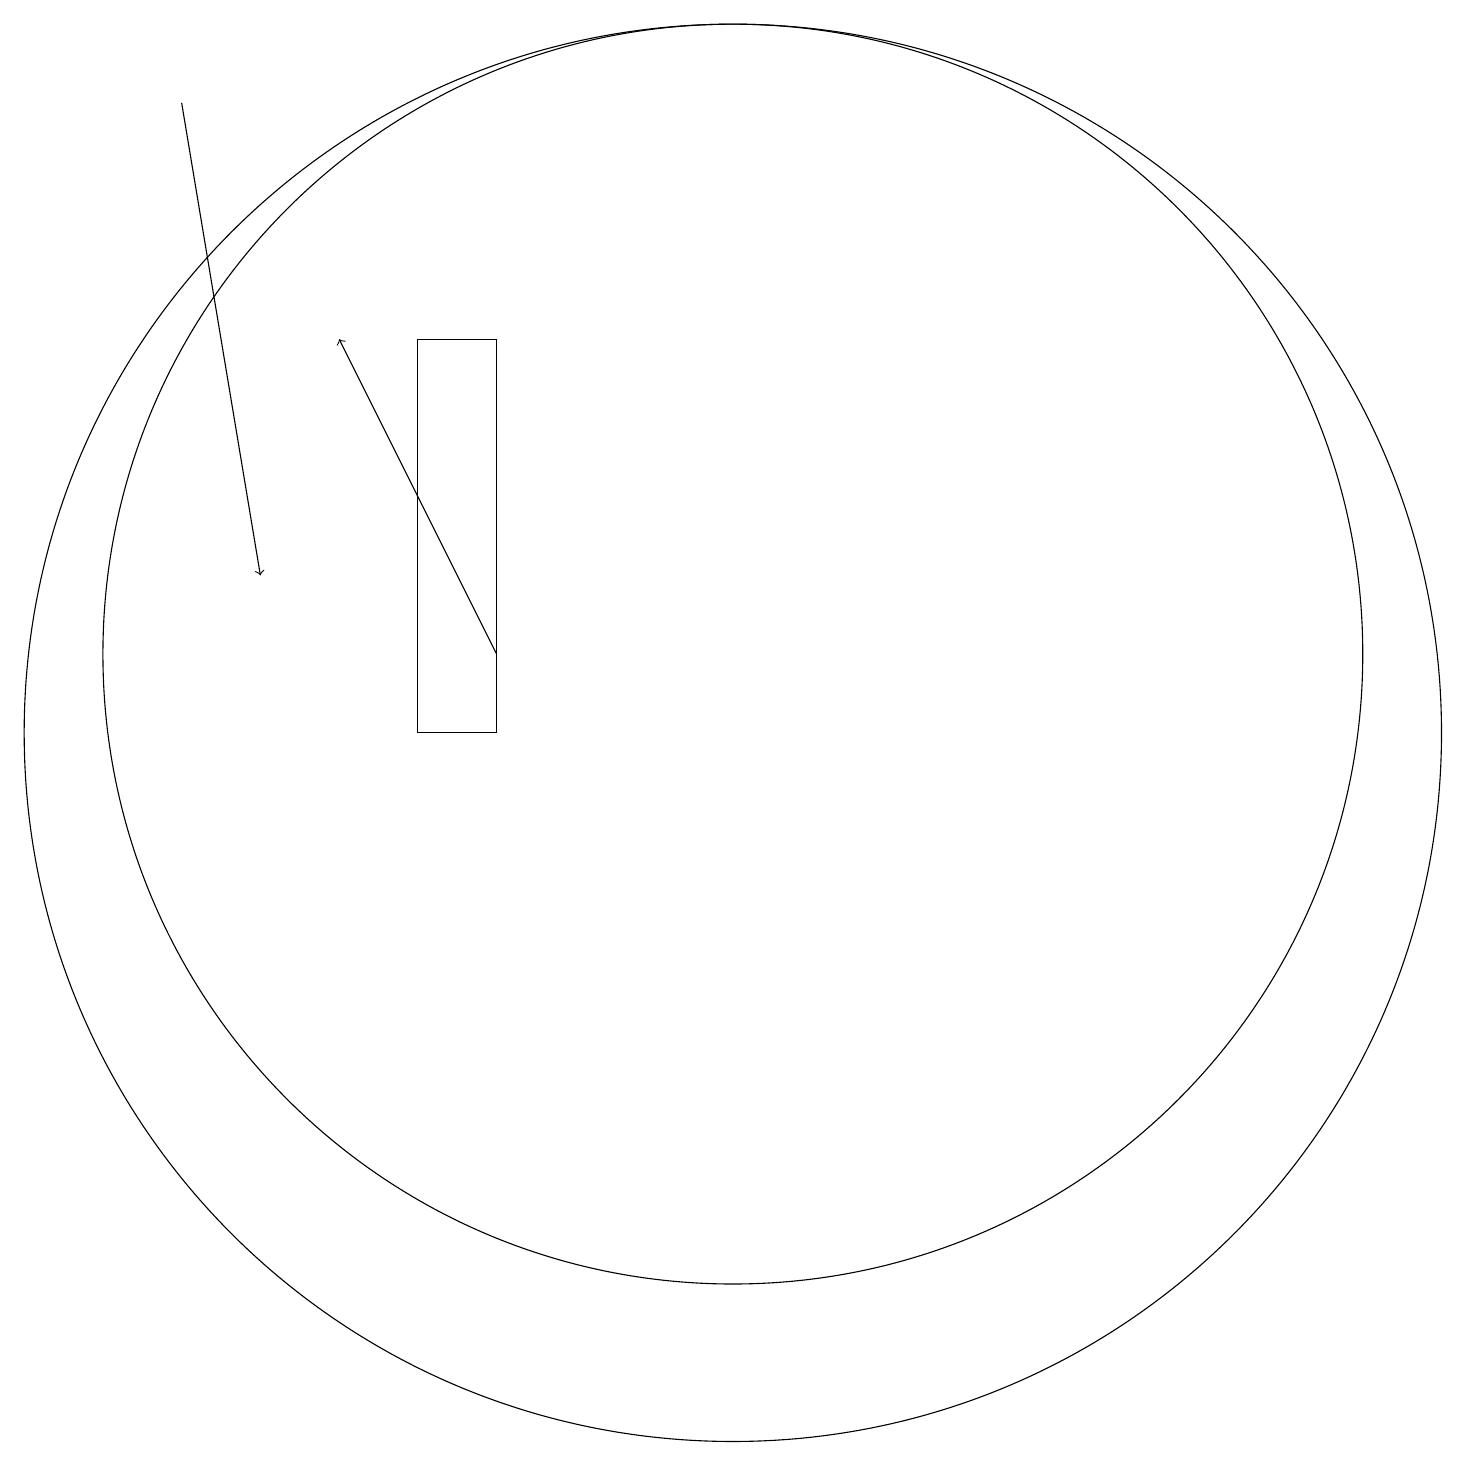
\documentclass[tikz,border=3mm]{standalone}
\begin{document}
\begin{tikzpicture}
\draw[->] (4,18) -- (5,12);
\draw (11,11) circle (8);
\draw (11,10) circle (9);
\draw (8,10) rectangle (7,15);
\draw[->] (8,11) -- (6,15);
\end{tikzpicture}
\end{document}